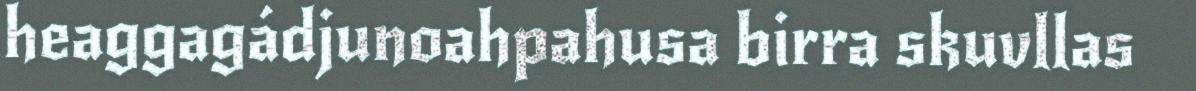
heaggagádjunoahpahusa birra skuvllas